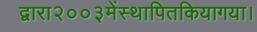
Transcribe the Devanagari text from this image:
द्वारा२००३मेंस्थापितकियागया।